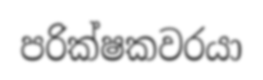
පරික්ෂකවරයා